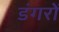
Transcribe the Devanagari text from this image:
डंगरों